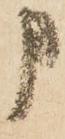
申